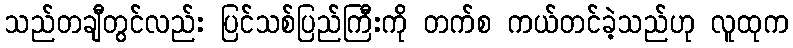
သည်တချီတွင်လည်း ပြင်သစ်ပြည်ကြီးကို တက်စ ကယ်တင်ခဲ့သည်ဟု လူထုက